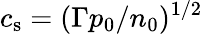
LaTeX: c_{\mathrm{s}}=(\Gamma p_{0}/n_{0})^{1/2}